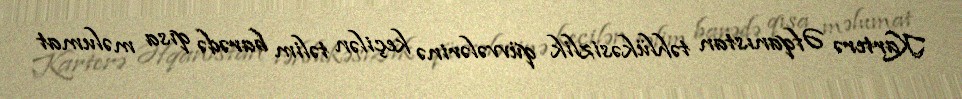
Karterə Əfqanıstan təhlükəsizlik qüvvələrinə keçilən təlim barədə qısa məlumat